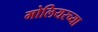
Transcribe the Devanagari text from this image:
मोलियरच्या